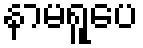
နာမရူပေ